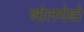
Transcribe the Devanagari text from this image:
ओलमेडो